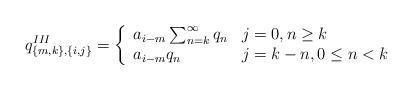
LaTeX: \begin{align*}q^{III}_{\{m,k \}, \{i,j\}} = \left\{ \begin{array}{ll}a_{i-m} \sum_{n=k}^{\infty}q_n &j=0, n\geq k\\a_{i-m} q_n &j=k-n, 0 \leq n < k\end{array}\right.\end{align*}